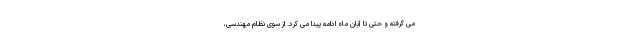
می گرفته و حتی تا آبان ماه ادامه پیدا می کرد. از سوی نظام مهندسی،